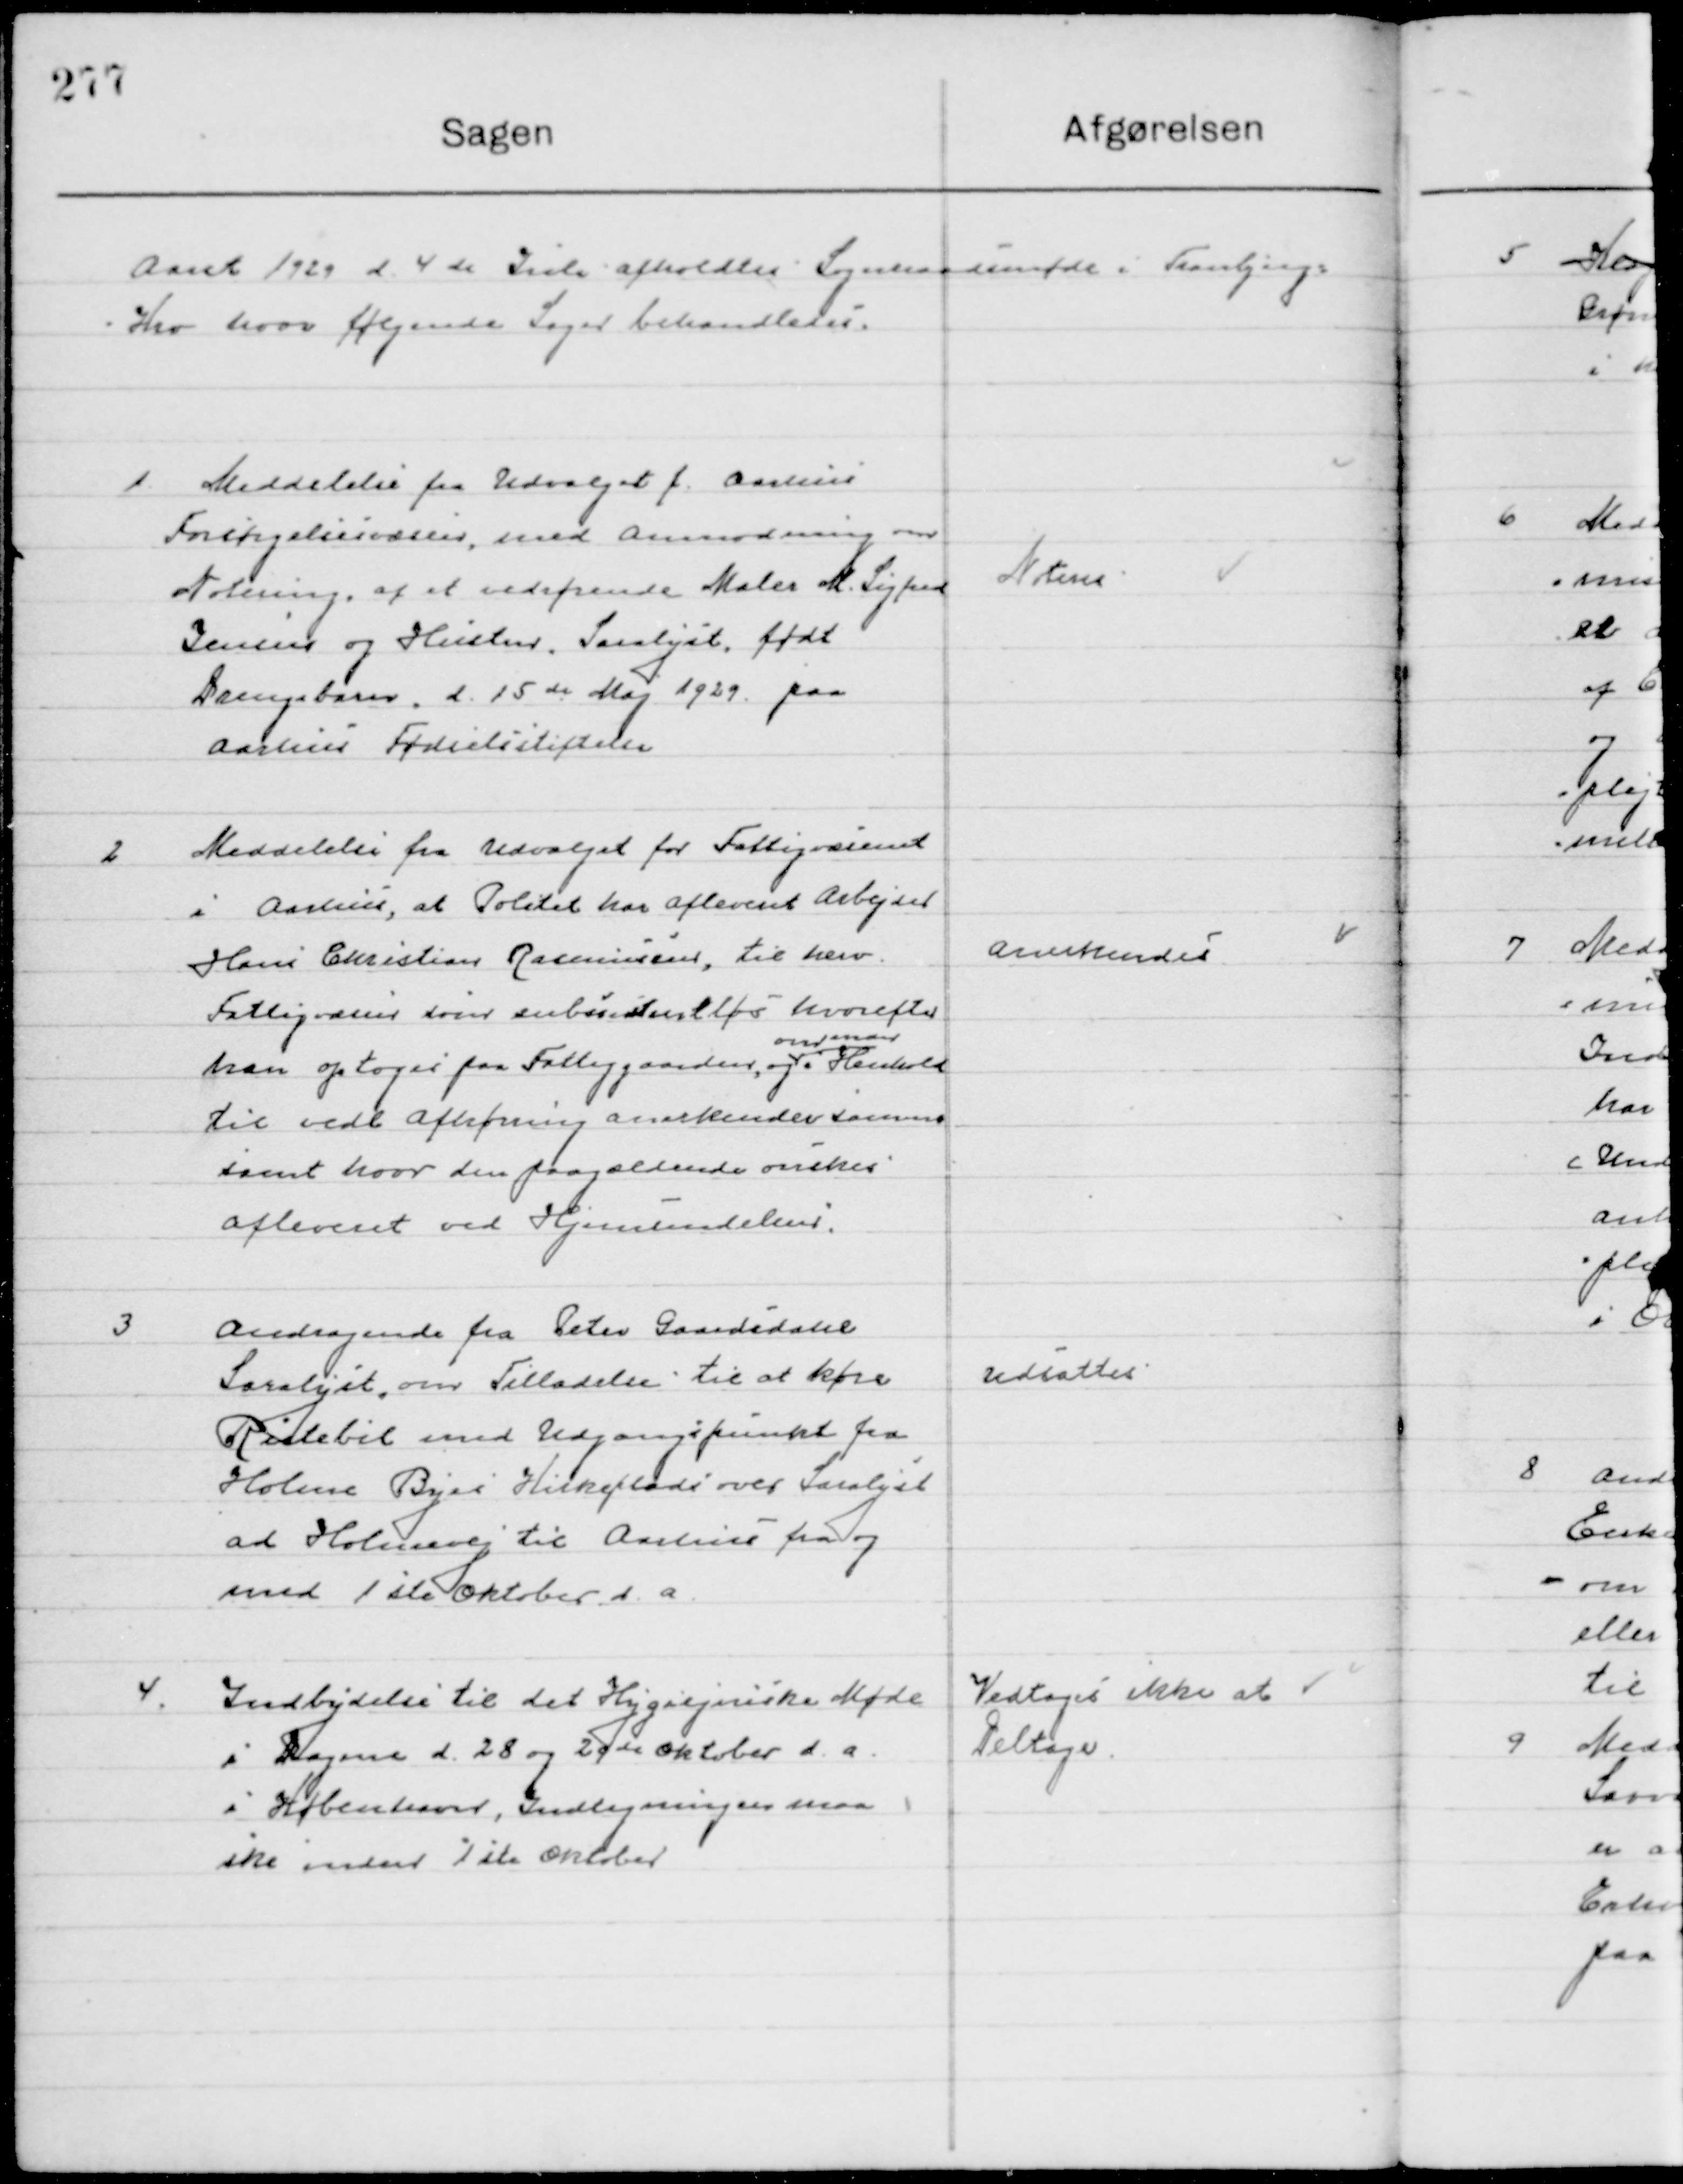
Transskription:
Aaret 1929 d. 4de Juli  afholdtes Sogneraadsmøde I Tranbjerg 
Kro hvor følgende Sager behandledes.

1

Meddelelse fra Udvalget f. Aarhus
Forsørgelsesvæsen, med anmodning om
Notering af et vedsendt Maler M. Sigfred
Jensen og Hustru, Saralyst, født
Drengebarn, d. 15de Maj 1929 paa
Aarhus Fødselsstiftelse

Noteres

2

Meddelelse fra Udvalget for Fattigvæsenet
i Aarhus, at Politiet har afleveret arbejder
Hans Christian Rasmussen, til herv.
Fattigvæsen som subsientientløs hvorefter
han optoges paa Fattiggaarden og 
om man 
i Henhold
til vedl. efterregning anerkender samme 
samt hvor den paagældende ønskes 
afleveret ved Hjemsendelses bevis.

Anerkendes

3

Andragende fra Peter Gaardsdahl
Saralyst om tilladelse til at køre
Rutebil med Udgangspunkt fra
Holme Byes Kirkeplads over Saralyst
ad Holmevej til Aarhus fra og
med 1ste Oktober d. A.

Udsattes

4

Indbydelse til det Hygiejniske Møde
i Dagene d. 28 og 29de Oktober d. a.
i København, Indtegningen maa 
ske inden 1ste Oktober

Vedtages ikke at 
Deltage